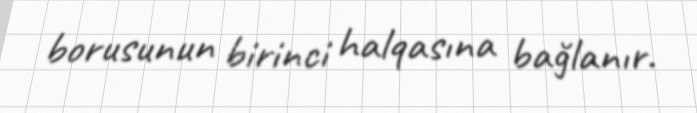
borusunun birinci halqasına bağlanır.